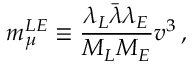
m _ { \mu } ^ { L E } \equiv \frac { \lambda _ { L } \bar { \lambda } \lambda _ { E } } { M _ { L } M _ { E } } v ^ { 3 } \, ,